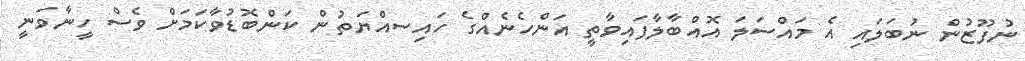
ނުފޫޒުން ނުބަލައި އެ މައްސަލަ އޮއްބާލާފައިވާތީ އަންހެނެއްގެ ހައިސއްޔަތުން ކަންބޮޑުވާކަމަށް ވެސް ހީނާވަނީ